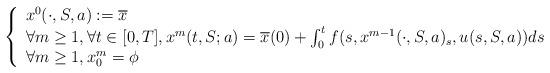
LaTeX: \begin{align*}\left\{\begin{array}{l}x^0(\cdot,S,a) := \overline{x}\\\forall m \geq 1, \forall t \in [0,T], x^m(t,S;a) = \overline{x}(0) + \int_0^t f(s, x^{m-1}(\cdot,S,a)_s, u(s,S,a)) ds\\\forall m \geq 1, x^m_0 = \phi\end{array}\right.\end{align*}